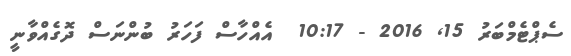
ސެޕްޓެމްބަރު 15